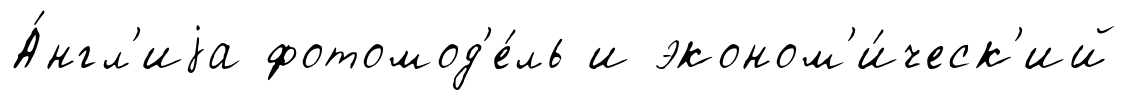
А́нгл'иjа фотомод'е́ль и эконом'и́ческ'ий